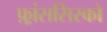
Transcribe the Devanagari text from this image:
फ़्रांससिस्को